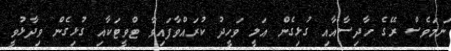
ނަމަވެސް ރޭގެ ހާދިސާއާއި ގުޅިގެން އަލީ ވަހީދު ކުރައްވާފައިވާ ޓްވީޓަކާއި ގުޅިގެން ވިދާޅުވީ